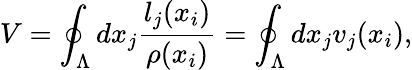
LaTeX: V=\oint_{\Lambda}dx_{j}\frac{l_{j}(x_{i})}{\rho(x_{i})}=\oint_{\Lambda}dx_{j}v_{j}(x_{i}),